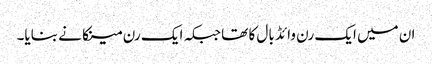
ان میں ایک رن وائڈ بال کا تھا جبکہ ایک رن مینکا نے بنایا۔